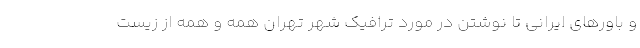
و باورهای ایرانی تا نوشتن در مورد ترافیک شهر تهران همه و همه از زیست